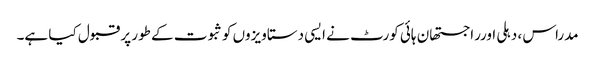
مدراس ، دہلی اورراجستھان ہائی کورٹ نے ایسی دستاویزوں کوثبوت کے طور پر قبول کیا ہے۔